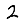
Digit: 2